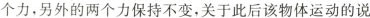
个力，另外的两个力保持不变，关于此后该物体运动的说